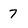
Character: 7